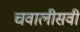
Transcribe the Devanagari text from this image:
चवालीसवीं